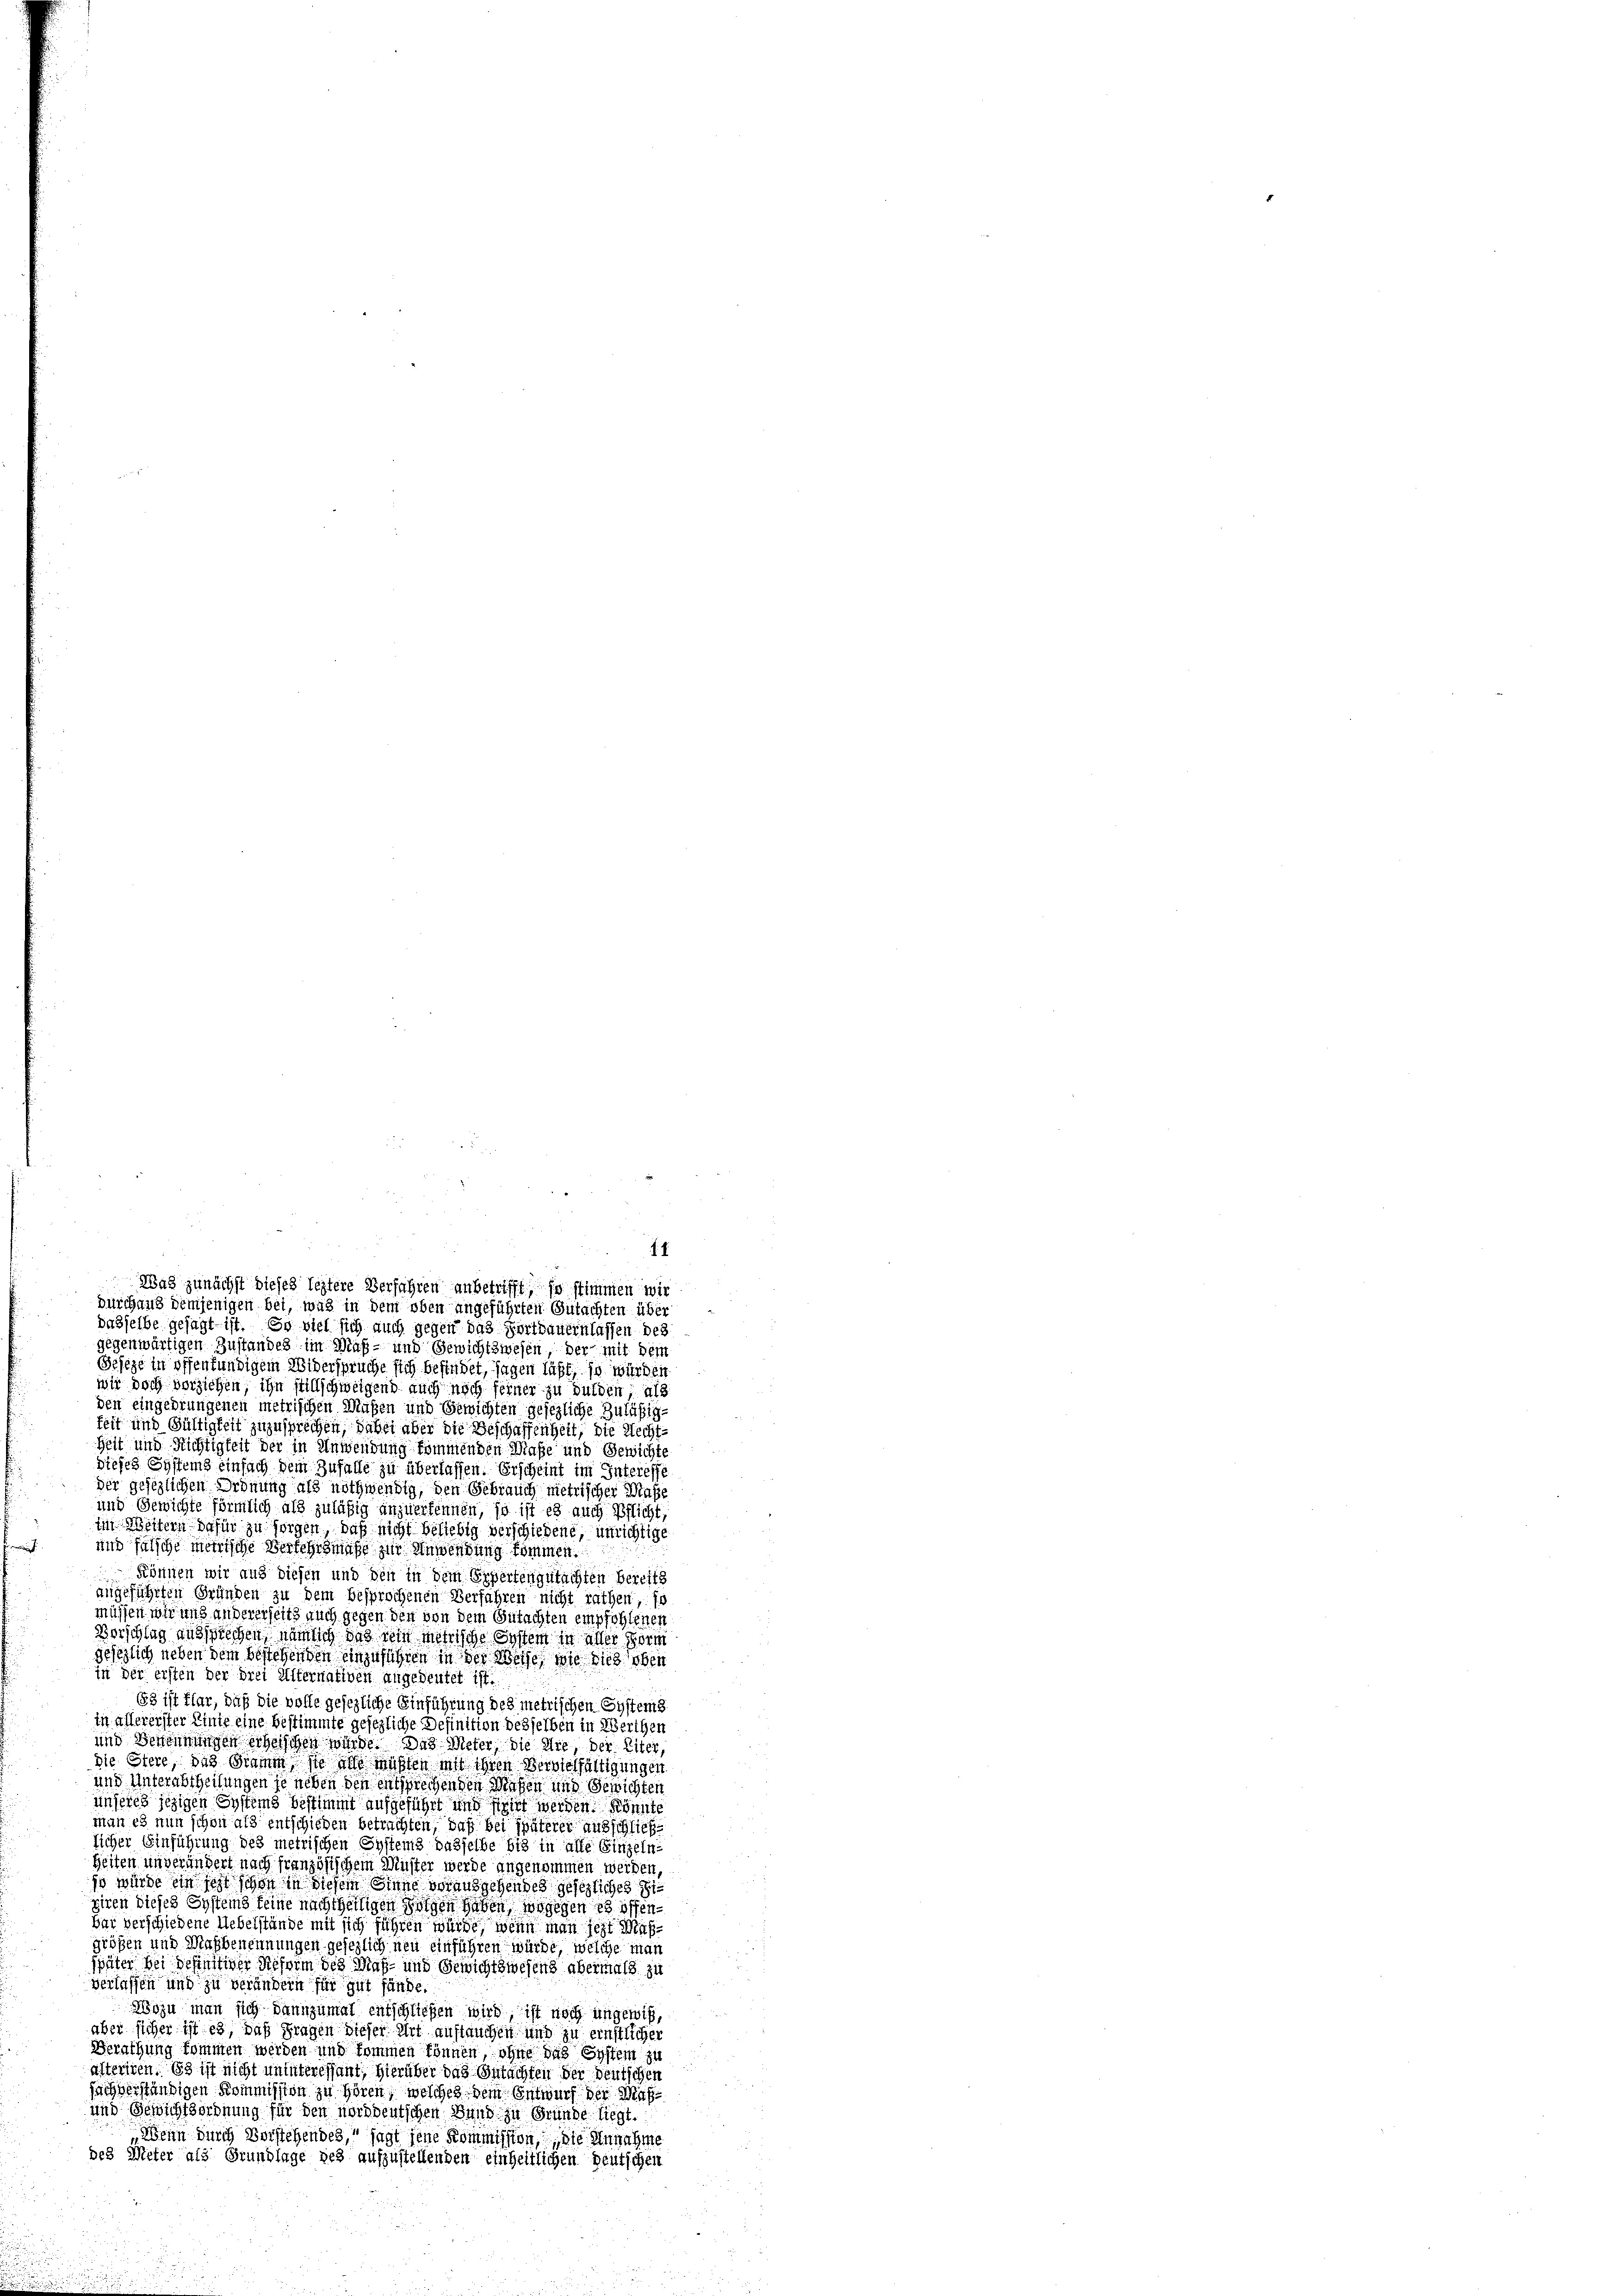
gegenwärtigen Zustandes im Maß- und Gewichtswesen der mit dem
Geseze in offenfündigem Widerspruche sich befindet, sagen läßt, so würden
wie doch verziehen, ihn stillschweigend auch noch ferner zu dulden, als
den eingedrungenen metrischen Mußen und Gewichten gesezliche Zulässig-
feit und Gültigkeit zuzusprechen, dabei aber die Beschaffenheit, die Recht¬
Zeit und Richtigkeit der in Anwendung kommenden Maße und Gewichte
dieses Systems einfach dem Zufalle zu überlassen. Erscheint im Interesse
der gesezlichen Ordnung als nothwendig, den Gebrauch metrischer Masse
und Gewichte förmlich als zuläßig anzuerkennen, so ist es auch Pflicht,
iin Weitern dahin zu sorgen, daß nicht beliebig verschiedene, unrichtige
und falsche metrische Verfahrsmaße zur Anwendung kommen.

Können wir aus diesen und den in dem Expertengutachten Bereits
angeführten Gründen zu dem besprochenen Verfahren nicht rathen, so
müssen wir und andererseits auch gegen den von dem Gutachten empfohlenen
Vorschlag aussprechen, nämlich das sein metrische System in aller Form
gesezlich neben dem bestehenden einzuführen in der Weise, wie dies oben
in der ersten der drei Alternativen angedeutet ist.
g ist klar, daß die volle gesezliche Einführung des metrischen Systems
in allererster Linie eine bestimmte gesezliche Definition desselben in Werthen
und Benennungen erheischen würde. Das Mieter, die ere, der Eiter,
die Stere, das Stamm sie also müßten mit ihren Bervielfältigungen
und Unterabtheilungen je neben den entsprechenden Massen und Gerichten
unseres jezigen Systems bestimmt aufgeführt und stirt werden könnte
man es nun schon als entschieden betrachten, daß bei späterer ausschließ
licher Einführung des metrischen Systeins dasselbe bis in alle Einzeln-
Zeiten unverändert nach französischem Müster werde angenommen werden,
js würde ein seht schon in diesem Sinne vorausgehen des gesezliches Zigiren dieses Systems seine nachtheiligen Folgen haben, wogegen es offenbar verschiedene Uebelstände mit sich führen würde, wenn man jetzt Maßgrößen und Marbenennungen gesezlich neu einführen würde, welche man
später bei befinitier Reform des Maß- und Gewichtswesens abermals zu
verlassen und zu verändern für gut fände.
Wozu man sich dannzumal entschließen wird, ist noch ungewiß,
aber sicher ist es, daß Fragen dieser Art auftauchen und zu ernstlicher
Berathung kommen werden und kommen können ohne das System zu
alteriren. Es ist nicht uninteressant, hierüber das Gutachten der deutschen
sachverständigen Kommission zu hören, welches dem Entwurf der Maß¬
und Gewichtsordnung für den norddeutschen Bund zu Gründe liegt.
Wenn durch Vorstehendes, sagt jene Kommission, die Annahme
des Meter als Grundlage des aufzustellenden einheitlichen Deutschen

4
Was zunächst dieses leztere Verfahren anbetrifft, so stimmen wir
durchaus demjenigen bei, was in dem oben angeführten Gutachten über
dasselbe gesagt ist. Er viel sich auch gegen das Fortdauern lassen des